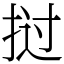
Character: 挝